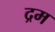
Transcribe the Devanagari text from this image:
द्रम